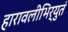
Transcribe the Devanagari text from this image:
हारावलीभिर्युतं